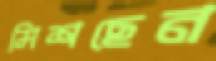
মিশছেন